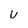
Character: U